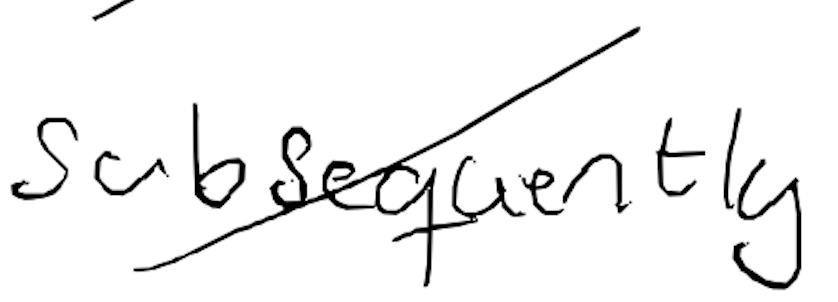
Text: subsequently
Cross-out: mix
Writing tool: digital_black